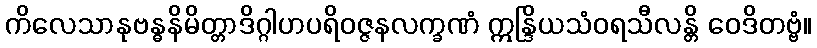
ကိလေသာနုဗန္ဓနိမိတ္တာဒိဂ္ဂါဟပရိဝဇ္ဇနလက္ခဏံ ဣန္ဒြိယသံဝရသီလန္တိ ဝေဒိတဗ္ဗံ။